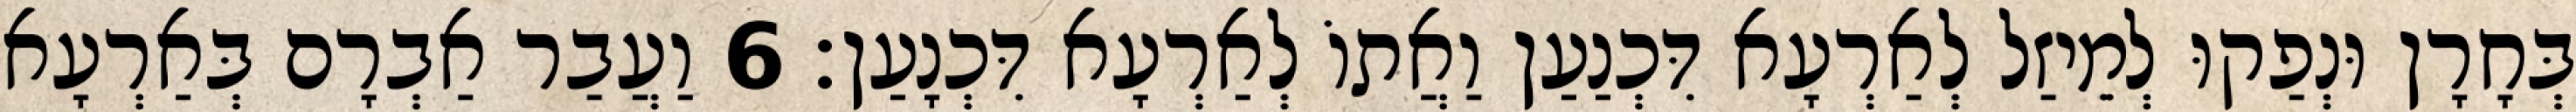
בְּחָרָן וּנְפַקוּ לְמֵיזַל לְאַרְעָא דִּכְנַעַן וַאֲתוֹ לְאַרְעָא דִּכְנָעַן׃ 6 וַעֲבַר אַבְרָם בְּאַרְעָא